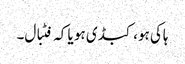
ہاکی ہو، کبڈی ہو یا کہ فٹبال۔